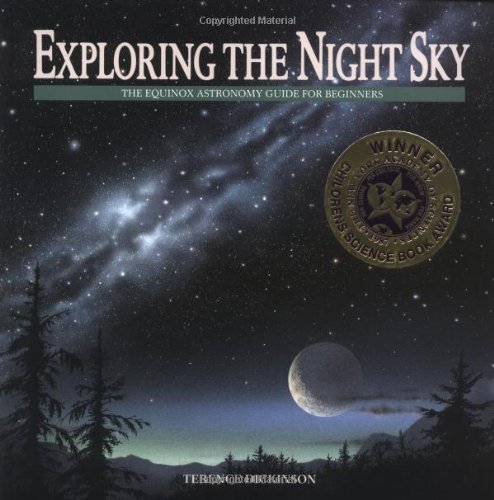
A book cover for Exploring the Night Sky: The Equinox Astronomy Guide for Beginners; Terence Dickinson; Science & Math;